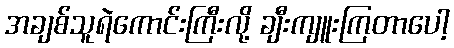
အချစ်သူရဲကောင်းကြီးလို့ ချီးကျူးကြတာပေါ့